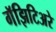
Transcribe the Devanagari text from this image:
गॅझिटिअरे